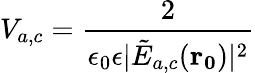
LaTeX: V_{a,c}=\frac{2}{\epsilon_{0}\epsilon|\tilde{E}_{a,c}(\mathbf{r_{0}})|^{2}}